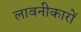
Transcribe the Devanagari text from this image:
लावनीकारों